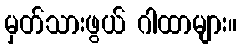
မှတ်သားဖွယ် ဂါထာများ။